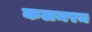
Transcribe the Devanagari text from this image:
कलमरम